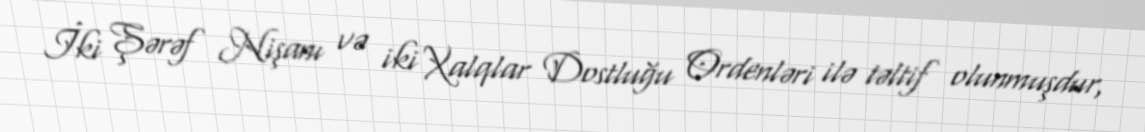
İki Şərəf Nişanı və iki Xalqlar Dostluğu Ordenləri ilə təltif olunmuşdur,